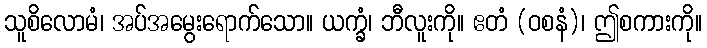
သူစိလောမံ၊ အပ်အမွေးရောက်သော။ ယက္ခံ၊ ဘီလူးကို။ ဧတံ (ဝစနံ)၊ ဤစကားကို။